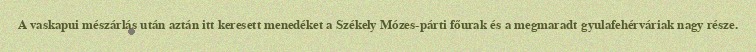
A vaskapui mészárlás után aztán itt keresett menedéket a Székely Mózes-párti főurak és a megmaradt gyulafehérváriak nagy része.